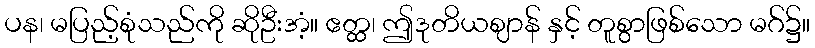
ပန၊ မပြည့်စုံသည်ကို ဆိုဦးအံ့။ ဧတ္ထ၊ ဤဒုတိယဈာန် နှင့် တူစွာဖြစ်သော မဂ်၌။